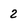
Character: 2